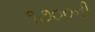
૧૭૦૦ની